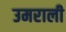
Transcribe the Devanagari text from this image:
उमराली